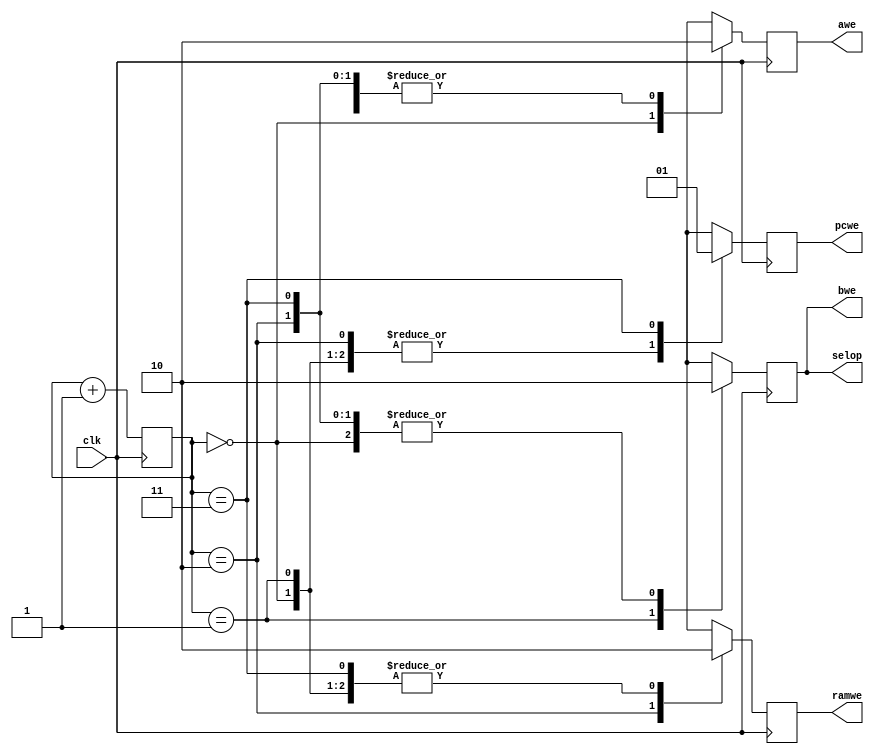
module CONTROLLER (clk, selop, awe, bwe, ramwe, pcwe);

input clk;
output reg selop, awe, bwe, ramwe, pcwe;

reg [1:0] state = 0;

initial begin
    selop = 0;
    awe = 0;
    bwe = 0;
    ramwe = 0;
    pcwe = 0;
end

always @(posedge clk) begin

    /* Set signals appropriately */
    case (state)
        0: begin
            selop <= 0;
            awe <= 1;
            bwe <= 0;
            ramwe <= 0;
            pcwe <= 0;
        end
        1: begin
            selop <= 1;
            awe <= 0;
            bwe <= 1;
            ramwe <= 0;
            pcwe <= 0;
        end
        2: begin
            selop <= 0;
            awe <= 0;
            bwe <= 0;
            ramwe <= 1;
            pcwe <= 0;
        end

        3: begin
            selop <= 0;
            awe <= 0;
            bwe <= 0;
            ramwe <= 0;
            pcwe <= 1;
        end 
    endcase

    /* Next state */
    state = state + 1;

end

endmodule

`ifdef TEST
module tb_CONTROLLER;

reg clk;
wire selop, awe, bwe, ramwe, pcwe;

CONTROLLER dut (clk, selop, awe, bwe, ramwe, pcwe);

integer i;

initial begin

    $dumpfile("trace_controller.vcd");
    $dumpvars(0, dut);

    for (i = 0; i < 8; i++) begin

        clk = 0;
        #1;

        clk = 1;
        #1;
    end
end

endmodule
`endif